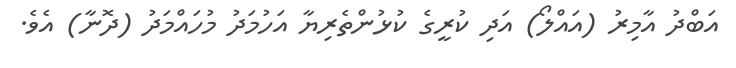
އަބްދު އާމިރު (އައްލޯ) އަދި ކުރީގެ ކުޅުންތެރިޔާ އަހުމަދު މުހައްމަދު (ދޮނާ) އެވެ.